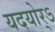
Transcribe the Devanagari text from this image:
यदयोर्ऽ